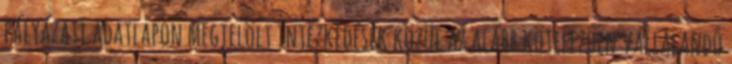
pályázati adatlapon megjelölt intézkedések közül az alább kötelezően vállalandó